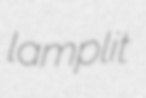
lamplit